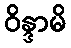
ဝိန္ဒာမိ